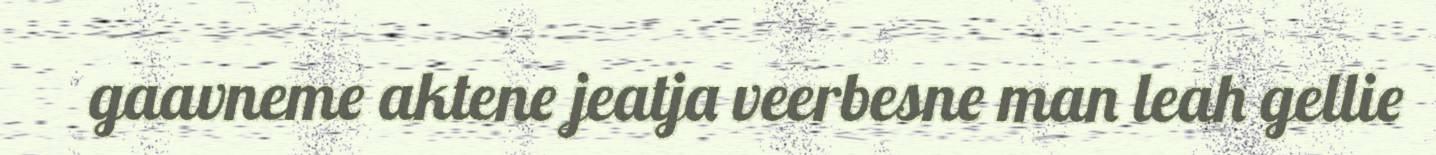
gaavneme aktene jeatja veerbesne man leah gellie